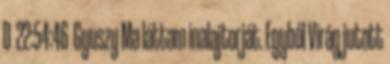
D 22:54:46 Gyuszy Ma láttam inalajtorját. Egyből Virág jutott